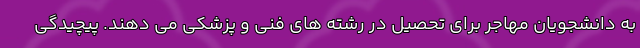
به دانشجویان مهاجر برای تحصیل در رشته های فنی و پزشکی می دهند. پیچیدگی